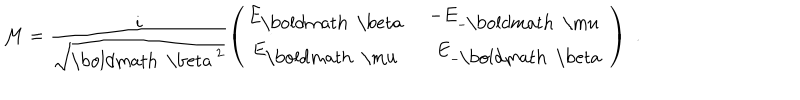
LaTeX: { \cal M } = \frac { i } { \sqrt { { \mathrm { \boldmath ~ \ b e t a ~ } } ^ { 2 } } } \left( \begin{matrix} { { E _ { \mathrm { \boldmath ~ \ b e t a ~ } } } } & { { - E _ { - { \mathrm { \boldmath ~ \ m u ~ } } } } } \\ { { E _ { \mathrm { \boldmath ~ \ m u ~ } } } } & { { \, \, \, E _ { - { \mathrm { \boldmath ~ \ b e t a ~ } } } } } \\ \end{matrix} \right) \, \, .